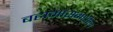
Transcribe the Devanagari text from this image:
बहामासमधील